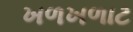
ખળખળાટ